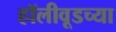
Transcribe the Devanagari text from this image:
हॉलीवूडच्या